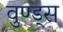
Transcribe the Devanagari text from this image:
वुण्ड्स